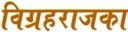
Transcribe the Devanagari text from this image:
विग्रहराजका